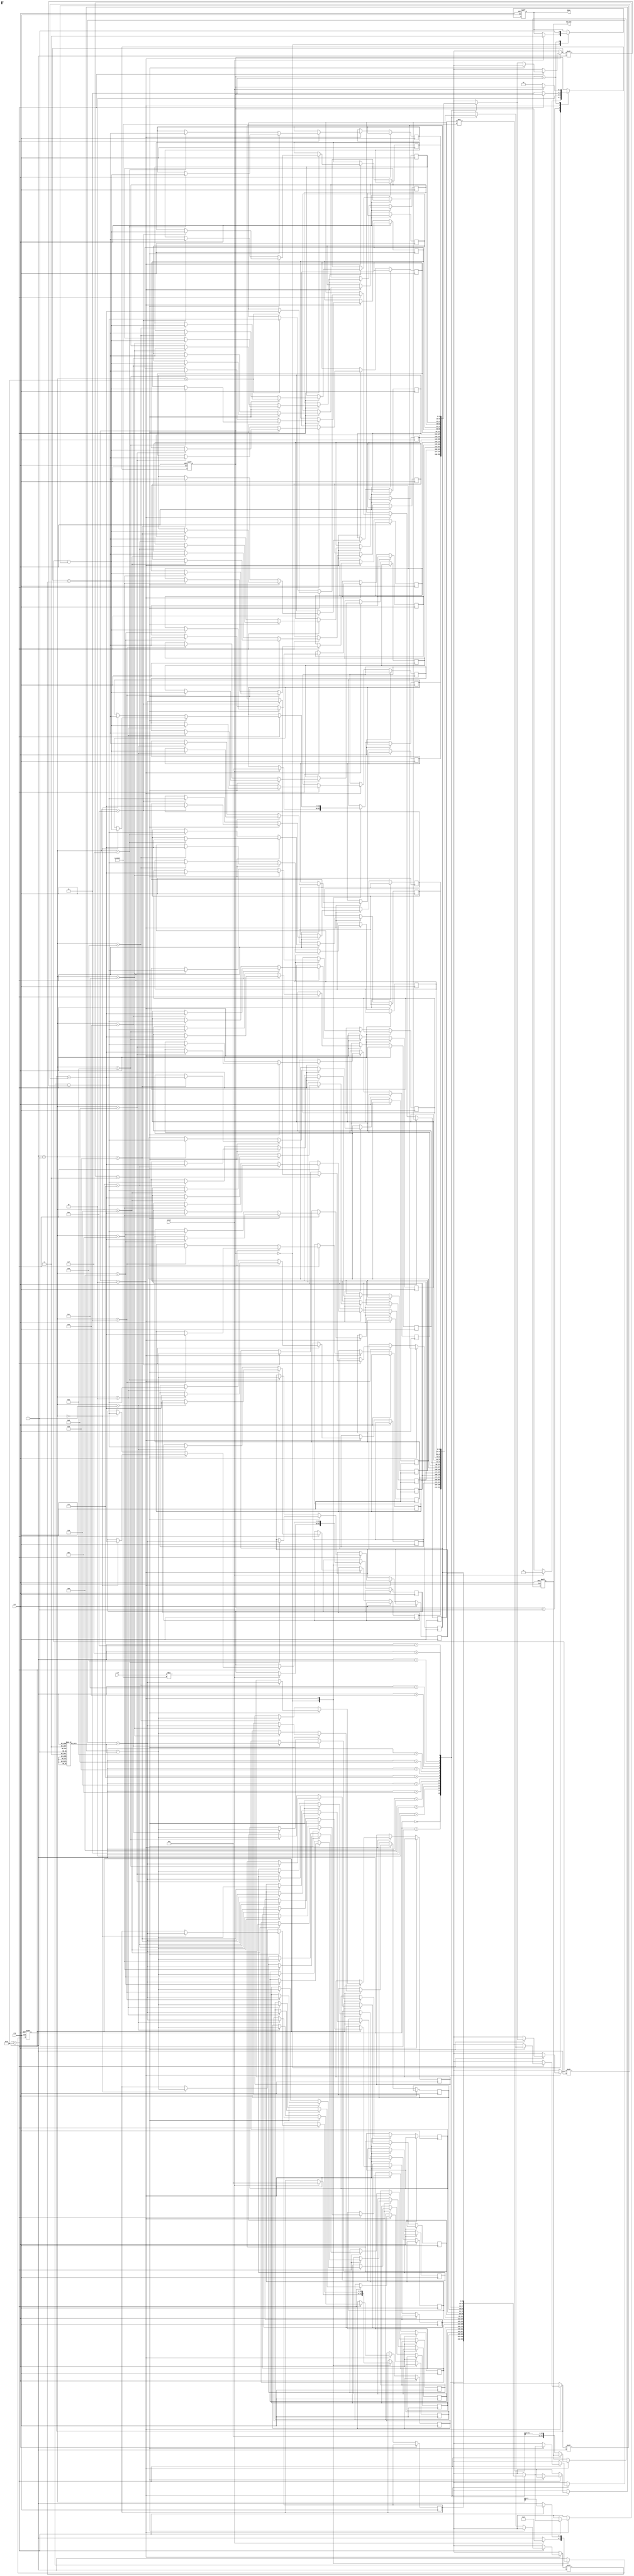
module cordic_exponential (
    input wire clk,
    input wire rst,
    input wire start,
    input wire [15:0] x_in, // Fixed-point input for exponent value
    output reg [31:0] exp_out, // Fixed-point output for exponential value
    output reg done
);

    // Parameters
    parameter NUM_ITERATIONS = 16; // Number of CORDIC iterations
    parameter FIXED_POINT_FRACTIONAL_BITS = 16; // Fractional bits in fixed-point representation
    parameter FIXED_POINT_SCALING_FACTOR = 1 << FIXED_POINT_FRACTIONAL_BITS; // Scaling factor

    // Internal signals
    reg [15:0] angle [0:NUM_ITERATIONS-1]; // Lookup table for arctangent values
    reg [15:0] x [0:NUM_ITERATIONS]; // X value in CORDIC
    reg [15:0] y [0:NUM_ITERATIONS]; // Y value in CORDIC
    reg [15:0] z [0:NUM_ITERATIONS]; // Angle accumulator
    reg [3:0] iteration; // Iteration counter
    reg [1:0] state; // State machine for control logic

    // State definitions
    localparam IDLE = 2'b00;
    localparam INIT = 2'b01;
    localparam ITERATE = 2'b10;
    localparam DONE = 2'b11;

    // Initialize rotation angles (arctangent values)
    initial begin
        angle[0] = 16'h1C71; // atan(2^0)
        angle[1] = 16'h0B72; // atan(2^-1)
        angle[2] = 16'h05B6; // atan(2^-2)
        angle[3] = 16'h02DB; // atan(2^-3)
        angle[4] = 16'h0162; // atan(2^-4)
        angle[5] = 16'h00B5; // atan(2^-5)
        angle[6] = 16'h0052; // atan(2^-6)
        angle[7] = 16'h0029; // atan(2^-7)
        angle[8] = 16'h0014; // atan(2^-8)
        angle[9] = 16'h000A; // atan(2^-9)
        angle[10] = 16'h0005; // atan(2^-10)
        angle[11] = 16'h0002; // atan(2^-11)
        angle[12] = 16'h0001; // atan(2^-12)
        angle[13] = 16'h0000; // atan(2^-13)
        angle[14] = 16'h0000; // atan(2^-14)
        angle[15] = 16'h0000; // atan(2^-15)
    end

    // Control logic
    always @(posedge clk or posedge rst) begin
        if (rst) begin
            state <= IDLE;
            iteration <= 0;
            exp_out <= 0;
            done <= 0;
        end else begin
            case (state)
                IDLE: begin
                    if (start) begin
                        // Initialization
                        x[0] <= x_in * FIXED_POINT_SCALING_FACTOR; // Scale input
                        y[0] <= 0;
                        z[0] <= 0;
                        iteration <= 0;
                        state <= INIT;
                        done <= 0;
                    end
                end
                INIT: begin
                    // Start iterations
                    state <= ITERATE;
                end
                ITERATE: begin
                    if (iteration < NUM_ITERATIONS) begin
                        // CORDIC iteration
                        if (z[iteration] < 0) begin
                            // Rotate clockwise
                            x[iteration + 1] <= x[iteration] + (y[iteration] >>> iteration);
                            y[iteration + 1] <= y[iteration] - (x[iteration] >>> iteration);
                            z[iteration + 1] <= z[iteration] + angle[iteration];
                        end else begin
                            // Rotate counter-clockwise
                            x[iteration + 1] <= x[iteration] - (y[iteration] >>> iteration);
                            y[iteration + 1] <= y[iteration] + (x[iteration] >>> iteration);
                            z[iteration + 1] <= z[iteration] - angle[iteration];
                        end
                        iteration <= iteration + 1;
                    end else begin
                        // Final output calculation
                        exp_out <= (x[NUM_ITERATIONS] * FIXED_POINT_SCALING_FACTOR) >>> FIXED_POINT_FRACTIONAL_BITS; // Scale output
                        state <= DONE;
                    end
                end
                DONE: begin
                    done <= 1; // Indicate completion
                    if (!start) begin
                        state <= IDLE; // Reset state
                    end
                end
            endcase
        end
    end

endmodule